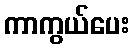
ကာကွယ်ပေး